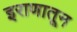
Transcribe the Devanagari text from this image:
इराणातून